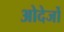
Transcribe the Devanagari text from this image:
ओदेर्जो